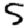
Digit: 5